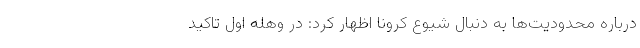
درباره محدودیت‌ها به دنبال شیوع کرونا اظهار کرد: در وهله اول تاکید